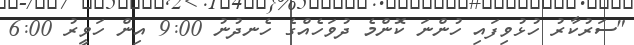
"ސަރުކާރު ހުޅުވިފައި ހުންނަ ކޮންމެ ދުވަހެއްގެ ހެނދުނު 9:00 އިން ހަވީރު 6:00